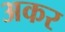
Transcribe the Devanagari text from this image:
अकर